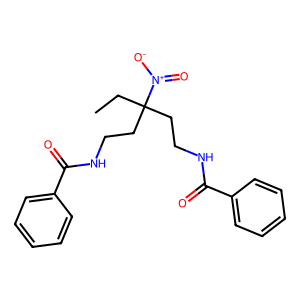
SMILES: CCC(CCNC(=O)c1ccccc1)(CCNC(=O)c1ccccc1)[N+](=O)[O-]
Inhibits HIV replication: No